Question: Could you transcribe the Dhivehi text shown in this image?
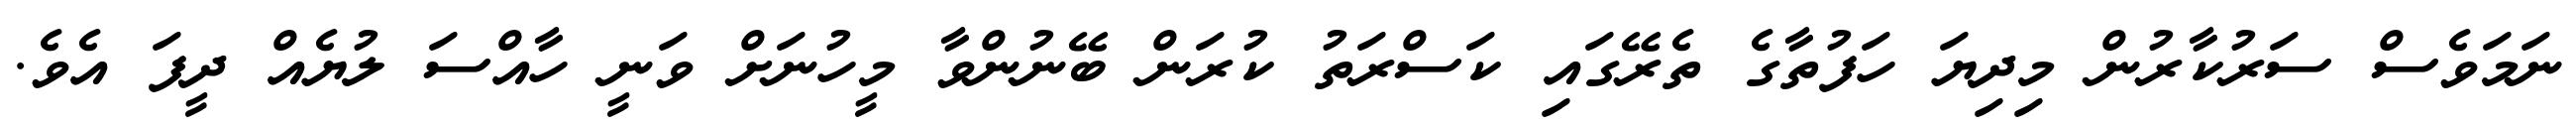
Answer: ނަމަވެސް ސަރުކާރުން މިދިޔަ ހަފުތާގެ ތެރޭގައި ކަސްރަތު ކުރަން ބޭނުންވާ މީހުނަށް ވަނީ ހާއްސަ ލުޔެއް ދީފަ އެވެ.